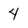
Character: 4